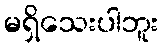
မရှိသေးပါဘူး